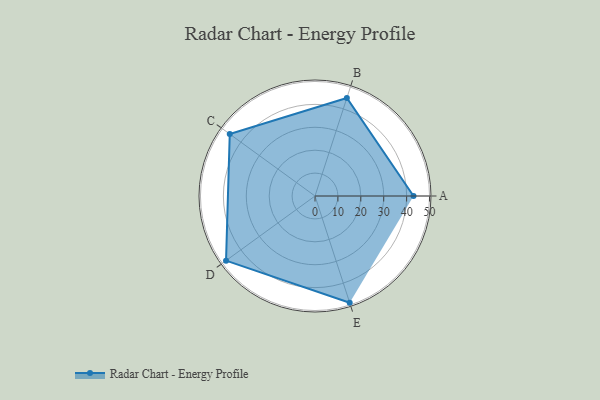
{"axis": {"x": "Skill", "y": "Score"}, "legend": ["Profile"], "data": [{"x": "A", "y": 43.0, "type": "Profile"}, {"x": "B", "y": 45.0, "type": "Profile"}, {"x": "C", "y": 46.0, "type": "Profile"}, {"x": "D", "y": 48.0, "type": "Profile"}, {"x": "E", "y": 49.0, "type": "Profile"}]}